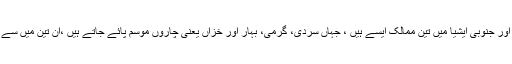
دنیا میں بائیس ممالک اور جنوبی ایشیا میں تین ممالک ایسے ہیں ، جہاں سردی، گرمی، بہار اور خزاں یعنی چاروں موسم پائے جاتے ہیں ،ان تین میں سے ایک پاکستان بھی ہے۔